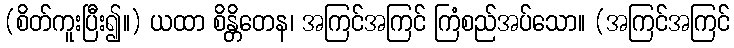
(စိတ်ကူးပြီး၍။) ယထာ စိန္တိတေန၊ အကြင်အကြင် ကြံစည်အပ်သော။ (အကြင်အကြင်